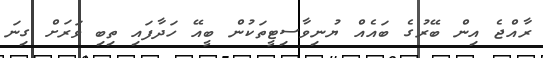
ރާއްޖެ އިން ބޭރުގެ ބައެއް ޔުނިވާސިޓީތަކުން ބީއޭ ހަދާފައި ތިބި ވަރަށް ގިނަ